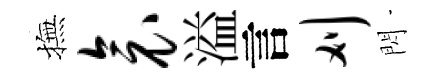
撫衾溢言刈閃